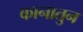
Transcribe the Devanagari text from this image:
कानातुन